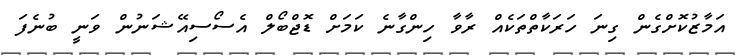
އަމާޒުކޮށްގެން ގިނަ ހަރަކާތްތަކެއް ރާވާ ހިންގާނެ ކަމަށް ޑޮޖްބޯލް އެސޯސިއޭޝަނުން ވަނީ ބުނެފަ